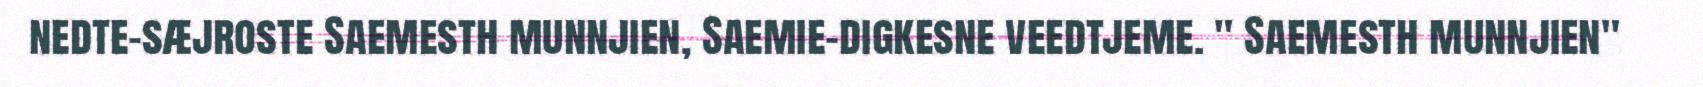
nedte-sæjroste Saemesth munnjien, Saemie-digkesne veedtjeme. " Saemesth munnjien"